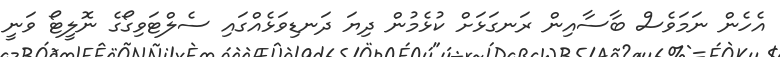
އެހެން ނަމަވެސް ބާސާއިން ރަނގަޅަށް ކުޅެމުން ދިޔަ ދަނޑިވަޅެއްގައި ސެލްޓަވިގޯގެ ނޮލީޓޯ ވަނީ